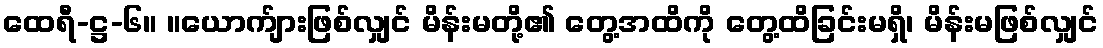
ထေရီ-ဋ္ဌ-၆။ ။ယောက်ျားဖြစ်လျှင် မိန်းမတို့၏ တွေ့အထိကို တွေ့ထိခြင်းမရှိ၊ မိန်းမဖြစ်လျှင်